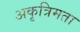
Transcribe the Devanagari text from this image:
अकृत्रिमता